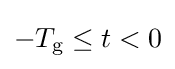
-T_{\text{g}}\leq t<0